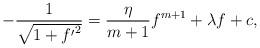
LaTeX: \begin{align*}-\frac{1}{\sqrt{1+{f'}^2}}=\frac{\eta}{m+1}f^{m+1}+\lambda f+c,\end{align*}